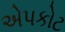
એપકોટ